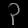
Digit: ၃